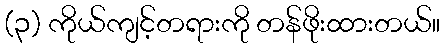
(၃) ကိုယ်ကျင့်တရားကို တန်ဖိုးထားတယ်။